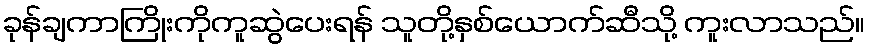
ခုန်ချကာကြိုးကိုကူဆွဲပေးရန် သူတို့နှစ်ယောက်ဆီသို့ ကူးလာသည်။